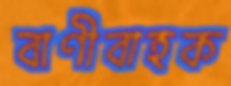
বাণীবাহক